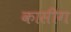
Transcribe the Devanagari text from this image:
कासीग